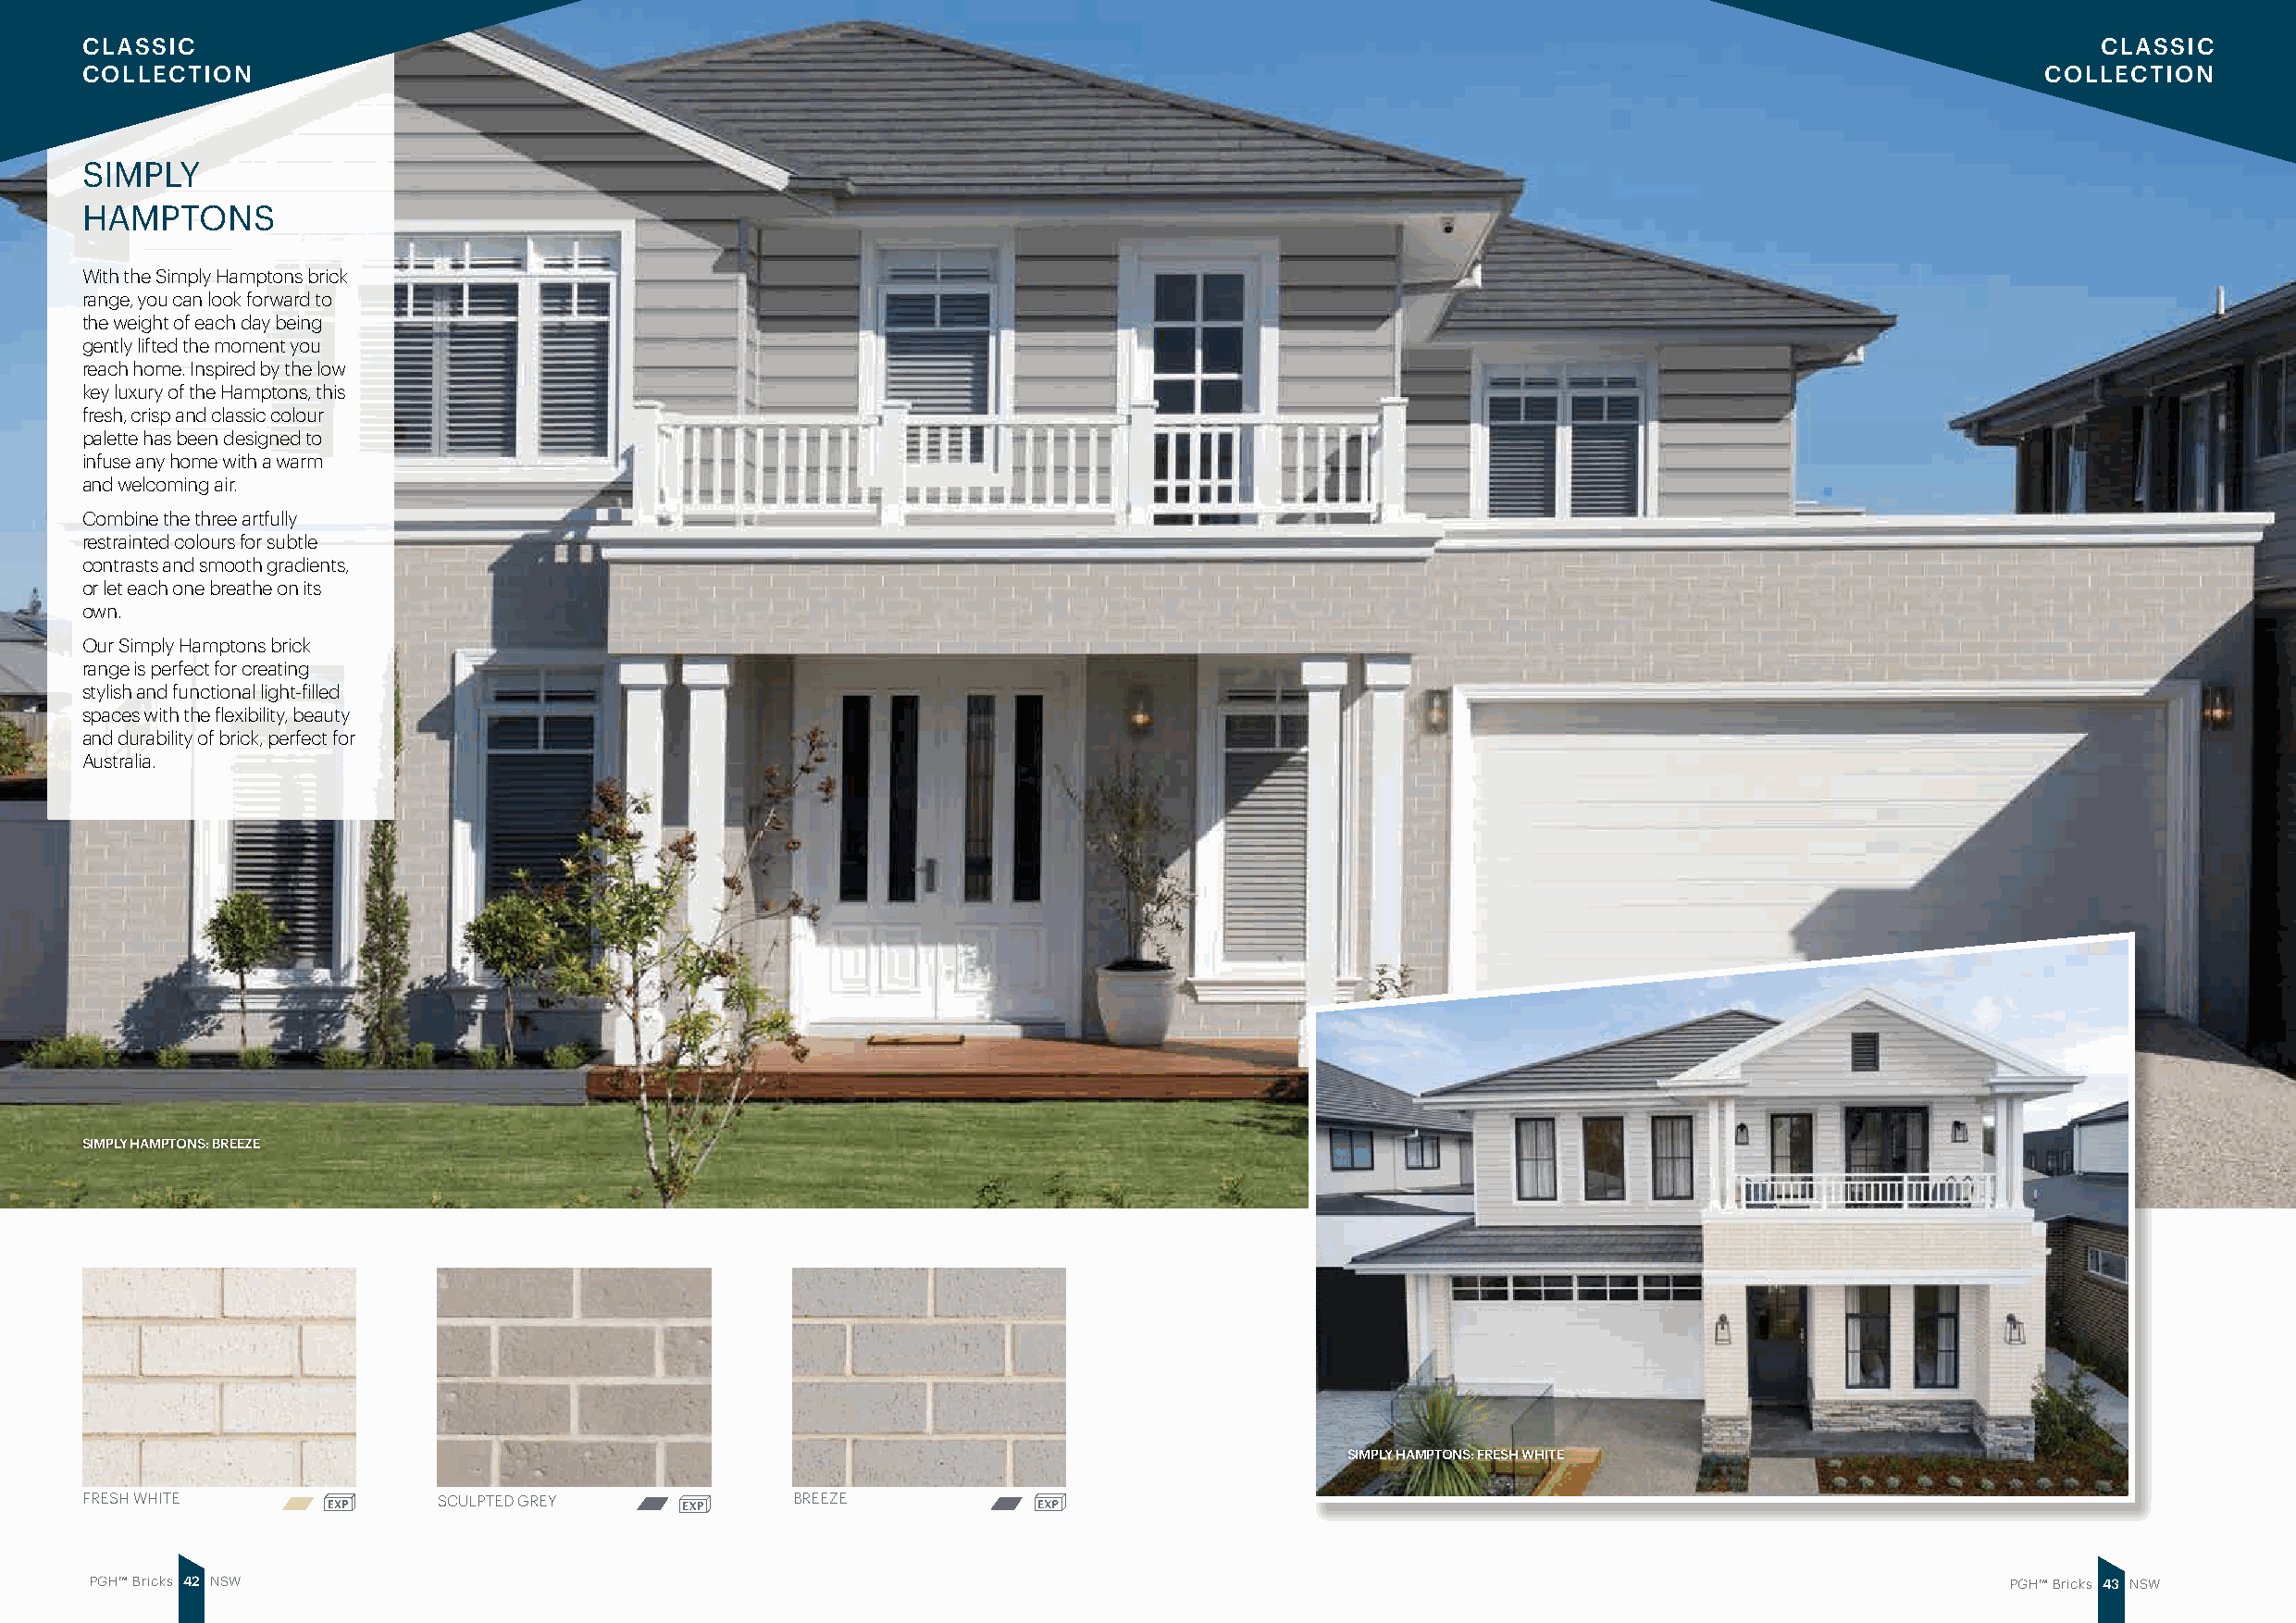
CLASSIC                                                                                                                                         CLASSIC
 COLLECTION                                                                                                                                  COLLECTION
 SIMPLY
 HAMPTONS
 With the Simply Hamptons brick
 range, you can look forward to
 the weight of each day being
 gently lifted the moment you
 reach home. Inspired by the low
 key luxury of the Hamptons, this
 fresh, crisp and classic colour
 palette has been designed to
 infuse any home with a warm
 and welcoming air.
 Combine the three artfully
 restrainted colours for subtle
 contrasts and smooth gradients,
 or let each one breathe on its
 own.
 Our Simply Hamptons brick
 range is perfect for creating
 stylish and functional light-filled
 spaces with the flexibility, beauty
 and durability of brick, perfect for
 Australia.
 SIMPLY HAMPTONS: BREEZE
 SIMPLY HAMPTONS: FRESH WHITE
 FRESH WHITE              SCULPTED GREY             BREEZE
 PGH™ Bricks 4 2 NSW                                                                                                                       PGH™ Bricks 4 3 NSW